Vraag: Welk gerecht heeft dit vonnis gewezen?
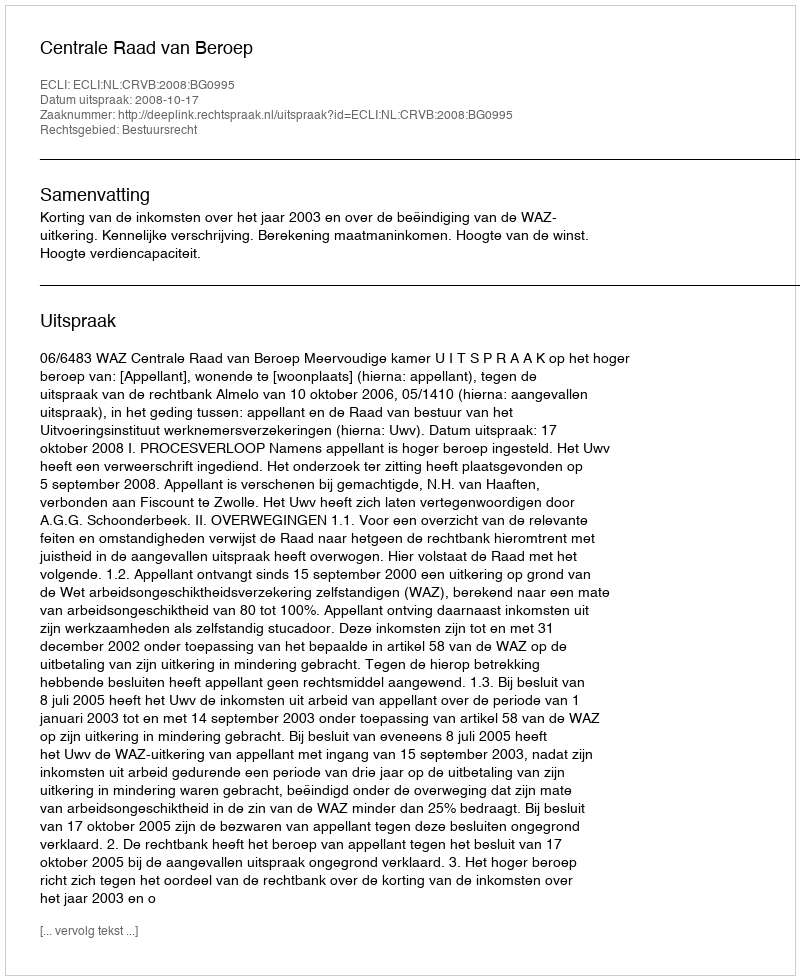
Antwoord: Centrale Raad van Beroep